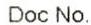
DOC NO.